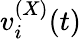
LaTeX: v_{i}^{(X)}(t)